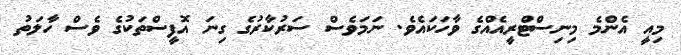
މިއީ އެންމެ މިނިސްޓްރީއެއްގެ ވާހަކައެވެ. ނަމަވެސް ސަރުކާރުގެ ގިނަ އޮފީސްތަކުގެ ވެސް ހާލަތު